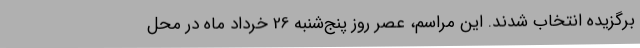
برگزیده انتخاب شدند. این مراسم، عصر روز پنج‌شنبه 26 خرداد ماه در محل